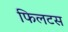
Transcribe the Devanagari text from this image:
फिलटस